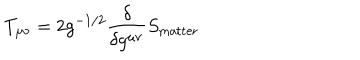
T _ { \mu \nu } = 2 g ^ { - 1 / 2 } \frac { \delta } { \delta g ^ { \mu \nu } } S _ { \mathrm { m a t t e r } }